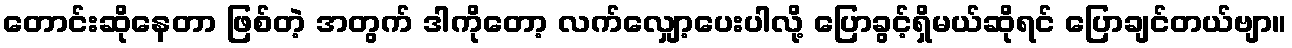
တောင်းဆိုနေတာ ဖြစ်တဲ့ အတွက် ဒါကိုတော့ လက်လျှော့ပေးပါလို့ ပြောခွင့်ရှိမယ်ဆိုရင် ပြောချင်တယ်ဗျာ။